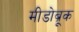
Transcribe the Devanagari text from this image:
मीडोब्रूक